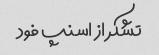
تشکر از اسنپ فود